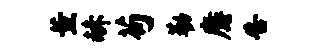
薰赫苟勒麝告